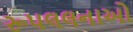
રૂપલલનાઓ